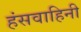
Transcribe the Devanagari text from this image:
हंसवाहिनी